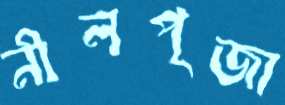
নীলপূজা